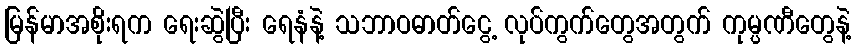
မြန်မာအစိုးရက ရေးဆွဲပြီး ရေနံနဲ့ သဘာဝဓာတ်ငွေ့ လုပ်ကွက်တွေအတွက် ကုမ္ပဏီတွေနဲ့